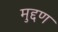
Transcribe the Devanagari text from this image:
मुद्दण